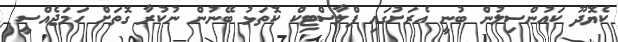
ކެޔޮދޫ ކައުންސިލުން ބުނީ އެރަށުގައި ޕްލާސްޓިކް ކޮތަޅު ބޭނުން ނުކުރާ ގޮތަށް ހަމަޖެއްސީ